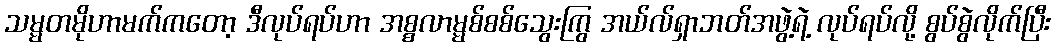
သမ္မတမိုဟာမက်ကတော့ ဒီလုပ်ရပ်ဟာ အစ္စလာမ္မစ်စစ်သွေးကြွ အယ်လ်ရှာဘတ်အဖွဲ့ရဲ့ လုပ်ရပ်လို့ စွပ်စွဲလိုက်ပြီး